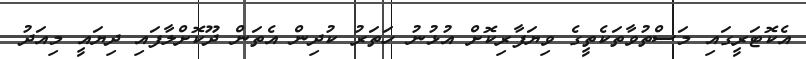
އެކޮޓަރީގައި މަސްތުވާތަކެތީގެ ވިޔަފާރިކޮށް އުޅުނު ހަތަރު ކުދިން އެތަން ދޫކޮށްލާފައި ދިޔައީ މިއަދު